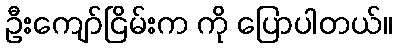
ဦးကျော်ငြိမ်းက ကို ပြောပါတယ်။